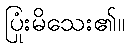
ပြုံးမိသေး၏။